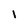
Character: 1